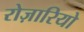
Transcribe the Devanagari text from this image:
रोज़ारियो